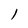
Character: l